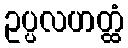
ဥပ္ပလဟတ္ထံ